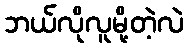
ဘယ်လိုလူမို့တဲ့လဲ